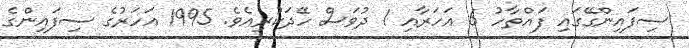
ސިފައިންގޭގައި ފައްތާހު 6 އަހަރާއި 1 ދުވަސް ހޭދަކުރިއެވެ. 1995 އަހަރުގެ ސިފައިންގެ